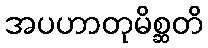
အပဟာတုမိစ္ဆတိ